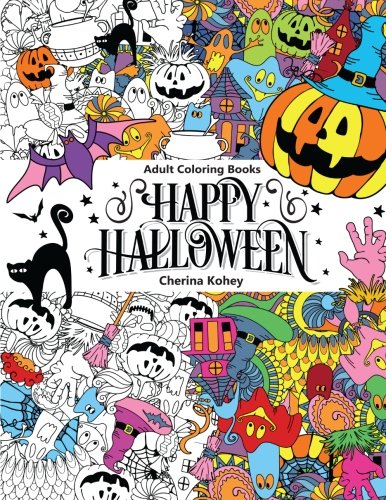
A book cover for Adult Coloring Book: Happy Halloween : for Relaxation and Meditation (Volume 10); Cherina Kohey; Arts & Photography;